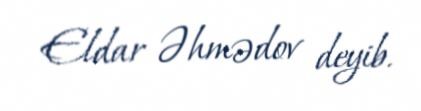
Eldar Əhmədov deyib.